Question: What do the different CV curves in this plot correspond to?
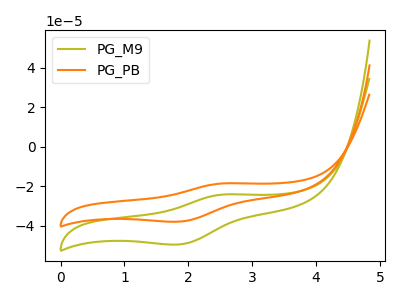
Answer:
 <answer>The olive curve is labeled "PG_M9". The orange curve is labeled "PG_PB".</answer>
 <eval></eval>